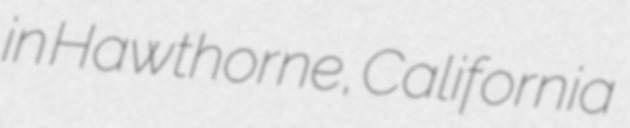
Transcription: in Hawthorne, California